Code of medical and sanitary regulations for the guidance of medical officers serving in the Madras Presidency - Volume II
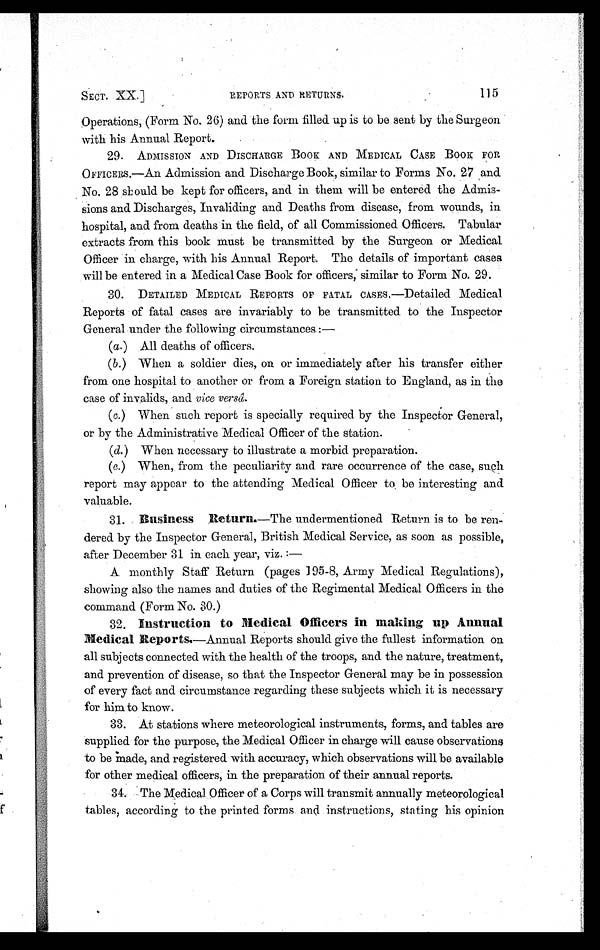
SECT. XX.]
REPORTS AND RETURNS.
115
Operations, (Form No. 26) and the form filled up is to be sent by the Surgeon
with his Annual Report.
29. ADMISSION AND DISCHARGE BOOK AND MEDICAL CASE BOOK FOR
OFFICERS.—An Admission and Discharge Book, similar to Forms No. 27 and
No. 28 should be kept for officers, and in them will be entered the Admis
-sions and Discharges, Invaliding and Deaths from disease, from wounds, in
hospital, and. from deaths in the field, of all Commissioned Officers. Tabular
extracts from this book must be transmitted by the Surgeon or Medical
Officer in charge, with his Annual Report. The details of important cases
will be entered in a Medical Case Book for officers, similar to Form No. 29.
30. DETAILED MEDICAL REPORTS OF FATAL CASES.—Detailed Medical
Reports of fatal cases are invariably to be transmitted to the Inspector
General under the following circumstances :
—
(a.) All deaths of officers.
(b.) When a soldier dies, on or immediately after his transfer either
from one hospital to another or from a Foreign station to England, as in the
case of invalids, and vice versâ.
(c.) When such report is specially required by the Inspector General,
or by the Administrative Medical Officer of the station.
(d.) When necessary to illustrate a morbid preparation.
(e.) When, from the peculiarity and rare occurrence of the case, such
report may appear to the attending Medical Officer to be interesting and
valuable.
31. Business Return.—The undermentioned Return is to be ren
-dered by the Inspector General, British Medical Service, as soon as possible,
after December 31 in each year, viz. :
—
A monthly Staff Return (pages 195-8, Army Medical Regulations),
showing also the names and duties of the Regimental Medical Officers in the
command (Form No. 30.)
32. Instruction to Medical Officers in making up Annual
Medical Reports.—Annual Reports should give the fullest information on
all subjects connected with the health of the troops, and the nature, treatment,
and prevention of disease, so that the Inspector General may be in possession
of every fact and circumstance regarding these subjects which it is necessary
for him to know.
33. At stations where meteorological instruments, forms, and tables are
supplied for the purpose, the Medical Officer in charge will cause observations
to be made, and registered with accuracy, which observations will be available
for other medical officers, in the preparation of their annual reports.
34. The Medical Officer of a Corps will transmit annually meteorological
tables, according to the printed forms and instructions, stating his opinion